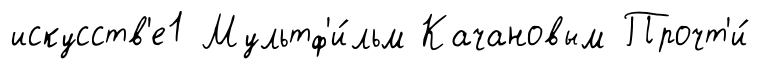
искусств'е1 Мультф'и́льм Качановым Прочт'и́